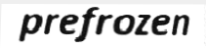
prefrozen